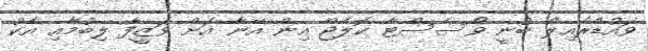
ވައުޑްރެއިލް ބުނީ ވޯސެސްޓާ ކޮލެޖް އިން އޭނާ އަށް ވަޒީފާ ލިބުމާއި އެކު